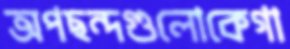
অপছন্দগুলোকেগা